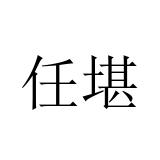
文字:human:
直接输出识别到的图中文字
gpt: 任堪